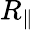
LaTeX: R_{\parallel}